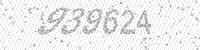
Solution: 939624